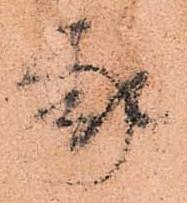
家